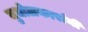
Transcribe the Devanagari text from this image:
मुधोळकारांनी